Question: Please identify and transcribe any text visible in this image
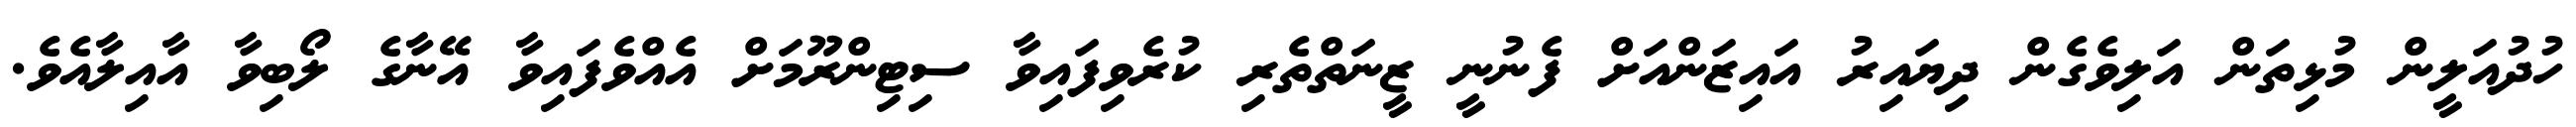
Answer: ހުދުއަލީން މުޅިތަން އަލިވެގެން ދިޔައިރު އައިޒަންއަށް ފެނުނީ ޒީނަތްތެރި ކުރެވިފައިވާ ސިޓިންރޫމަށް އެއްވެފައިވާ އޭނާގެ ލޯބިވާ އާއިލާއެވެ.